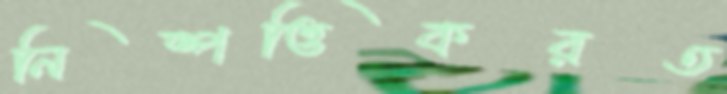
নিষ্পত্তিকরত